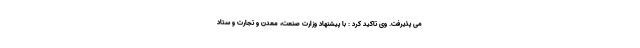
می پذیرفت. وی تاکید کرد : با پیشنهاد وزارت صنعت، معدن و تجارت و ستاد